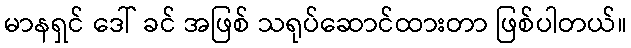
မာနရှင် ဒေါ် ခင် အဖြစ် သရုပ်ဆောင်ထားတာ ဖြစ်ပါတယ်။